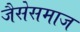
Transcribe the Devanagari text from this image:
जैसेसमाज